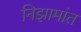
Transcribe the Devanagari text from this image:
निझामांत